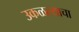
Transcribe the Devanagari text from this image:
उकळल्याचा